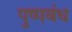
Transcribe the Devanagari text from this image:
पुष्पबंध